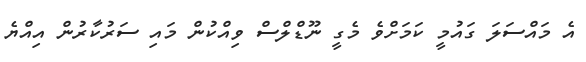
އެ މައްސަލަ ގައުމީ ކަމަށްވެ މެގީ ނޫޑްލްސް ވިއްކުން މައި ސަރުކާރުން އިއްޔެ